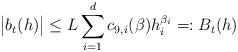
LaTeX: \begin{align*} \bigl\vert b_t(h) \bigr\vert\leq L \sum_{i=1}^d c_{9,i}(\beta)h_i^{\beta_i} =: B_t(h)\end{align*}